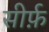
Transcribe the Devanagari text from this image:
सीर्फ़